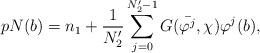
LaTeX: \begin{align*} pN(b)=n_1+\frac{1}{N'_2}\sum_{j=0}^{N'_2-1}G(\bar{\varphi^j},\chi)\varphi^j(b),\end{align*}